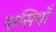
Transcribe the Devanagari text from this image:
वासियोँ